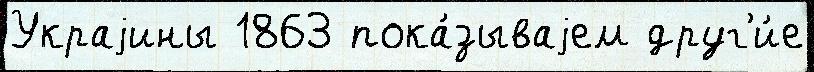
Украjины 1863 пока́зываjем друг'и́е